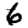
Digit: 6